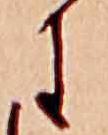
に